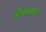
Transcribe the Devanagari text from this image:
शेषावतार